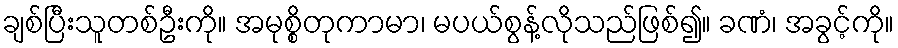
ချစ်ပြီးသူတစ်ဦးကို။ အမုစ္စိတုကာမာ၊ မပယ်စွန့်လိုသည်ဖြစ်၍။ ခဏံ၊ အခွင့်ကို။